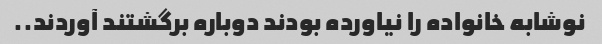
نوشابه خانواده را نیاورده بودند دوباره برگشتند آوردند..